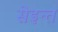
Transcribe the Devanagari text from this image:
सेइन्त